画像に写った文字を読んでください
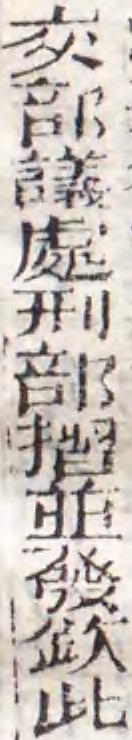
「交部議處刑部摺並發欽此」と書いてあります